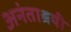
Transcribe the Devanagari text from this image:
अनंताश्रयी